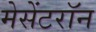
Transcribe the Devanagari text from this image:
मेसेंटरॉन